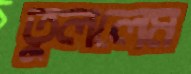
তুললেম